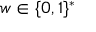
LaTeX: w \in \{ 0 , 1 \} ^ { * }